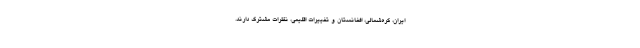
ایران، کره‌شمالی، افغانستان و تغییرات اقلیمی، نظرات مشترک دارند.